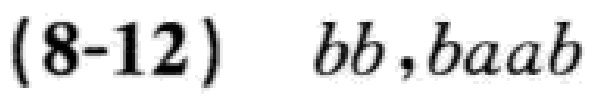
$(8 - 12)\ \ bb,baab$